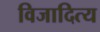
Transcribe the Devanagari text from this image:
विजादित्य